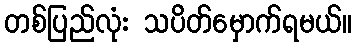
တစ်ပြည်လုံး သပိတ်မှောက်ရမယ်။